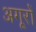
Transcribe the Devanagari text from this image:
अगूरों